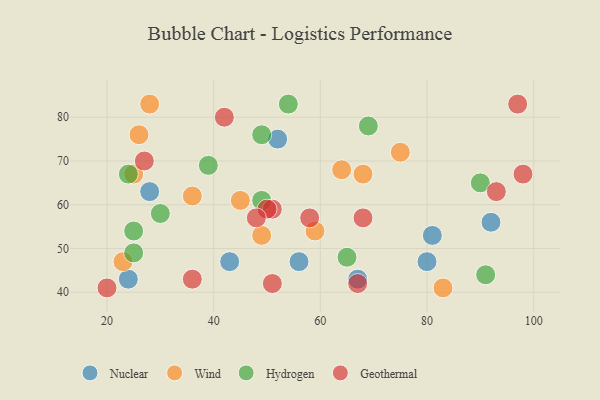
{"axis": {"x": "GDP", "y": "Life Expectancy"}, "legend": ["Geothermal", "Hydrogen", "Nuclear", "Wind"], "data": [{"x": "81", "y": 53, "type": "Nuclear"}, {"x": "43", "y": 47, "type": "Nuclear"}, {"x": "24", "y": 43, "type": "Nuclear"}, {"x": "56", "y": 47, "type": "Nuclear"}, {"x": "80", "y": 47, "type": "Nuclear"}, {"x": "28", "y": 63, "type": "Nuclear"}, {"x": "92", "y": 56, "type": "Nuclear"}, {"x": "52", "y": 75, "type": "Nuclear"}, {"x": "67", "y": 43, "type": "Nuclear"}, {"x": "68", "y": 67, "type": "Wind"}, {"x": "59", "y": 54, "type": "Wind"}, {"x": "23", "y": 47, "type": "Wind"}, {"x": "28", "y": 83, "type": "Wind"}, {"x": "26", "y": 76, "type": "Wind"}, {"x": "64", "y": 68, "type": "Wind"}, {"x": "49", "y": 53, "type": "Wind"}, {"x": "36", "y": 62, "type": "Wind"}, {"x": "25", "y": 67, "type": "Wind"}, {"x": "75", "y": 72, "type": "Wind"}, {"x": "83", "y": 41, "type": "Wind"}, {"x": "45", "y": 61, "type": "Wind"}, {"x": "90", "y": 65, "type": "Hydrogen"}, {"x": "25", "y": 49, "type": "Hydrogen"}, {"x": "49", "y": 76, "type": "Hydrogen"}, {"x": "30", "y": 58, "type": "Hydrogen"}, {"x": "39", "y": 69, "type": "Hydrogen"}, {"x": "25", "y": 54, "type": "Hydrogen"}, {"x": "91", "y": 44, "type": "Hydrogen"}, {"x": "65", "y": 48, "type": "Hydrogen"}, {"x": "54", "y": 83, "type": "Hydrogen"}, {"x": "24", "y": 67, "type": "Hydrogen"}, {"x": "49", "y": 61, "type": "Hydrogen"}, {"x": "69", "y": 78, "type": "Hydrogen"}, {"x": "36", "y": 43, "type": "Geothermal"}, {"x": "51", "y": 59, "type": "Geothermal"}, {"x": "68", "y": 57, "type": "Geothermal"}, {"x": "97", "y": 83, "type": "Geothermal"}, {"x": "67", "y": 42, "type": "Geothermal"}, {"x": "42", "y": 80, "type": "Geothermal"}, {"x": "50", "y": 59, "type": "Geothermal"}, {"x": "27", "y": 70, "type": "Geothermal"}, {"x": "51", "y": 42, "type": "Geothermal"}, {"x": "48", "y": 57, "type": "Geothermal"}, {"x": "20", "y": 41, "type": "Geothermal"}, {"x": "93", "y": 63, "type": "Geothermal"}, {"x": "58", "y": 57, "type": "Geothermal"}, {"x": "98", "y": 67, "type": "Geothermal"}]}